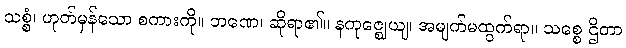
သစ္စံ၊ ဟုတ်မှန်သော စကားကို။ ဘဏေ၊ ဆိုရာ၏။ နကုဇ္ဈေယျ၊ အမျက်မထွက်ရာ။ သစ္စေ ဌိတာ